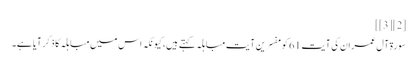
[2][3]]
سورۃ آل عمران کی آیت 61 کو مفسرین آیت مباہلہ کہتے ہیں، کیونکہ اس میں مباہلہ کا ذکر آیا ہے۔